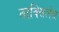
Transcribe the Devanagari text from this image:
ताक्सिलेस